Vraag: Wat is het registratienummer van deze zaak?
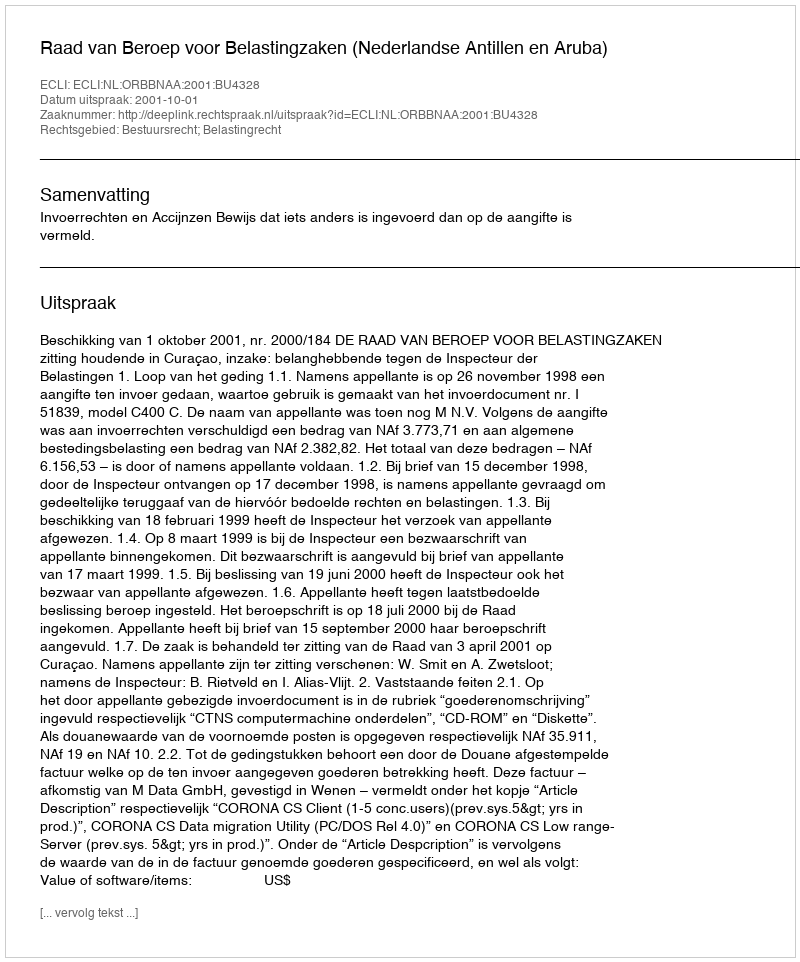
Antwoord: http://deeplink.rechtspraak.nl/uitspraak?id=ECLI:NL:ORBBNAA:2001:BU4328